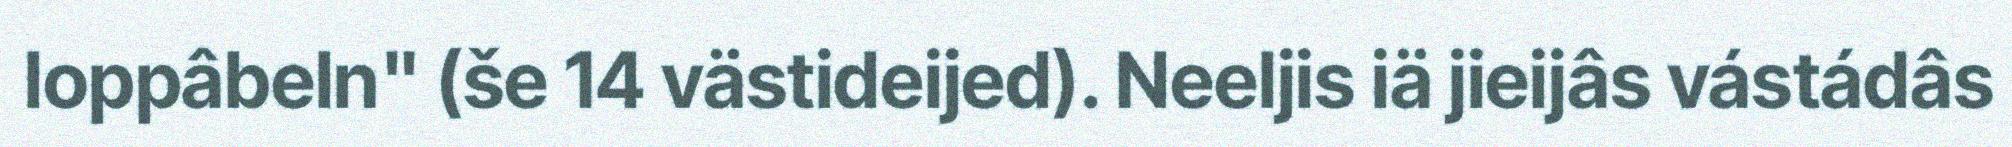
loppâbeln" (še 14 västideijed). Neeljis iä jieijâs vástádâs